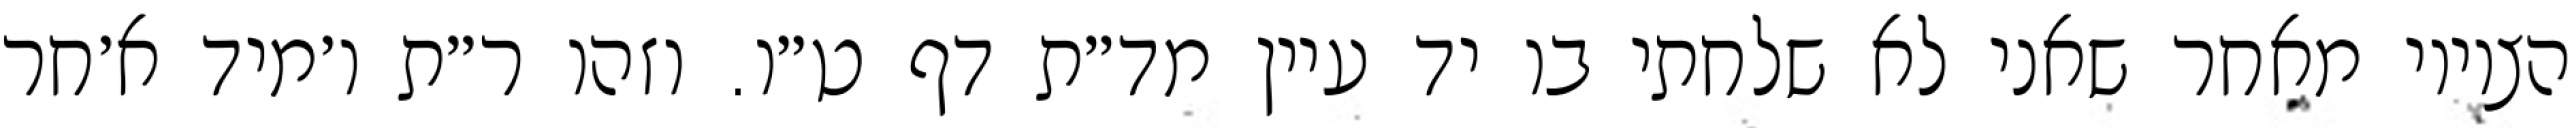
הציווי מאחר שאני לא שלחתי בו יד עיין מד״ת דף ט״ו. וזהו ר״ת ו׳מיד א׳חר